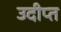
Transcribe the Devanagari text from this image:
उदीप्त